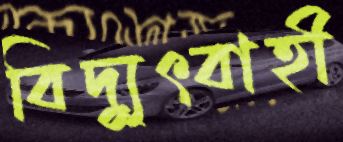
বিদ্যুৎবাহী